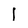
Character: l